Leaving Certificate Examination (including Day School Certificate (Higher) General paper), 1934
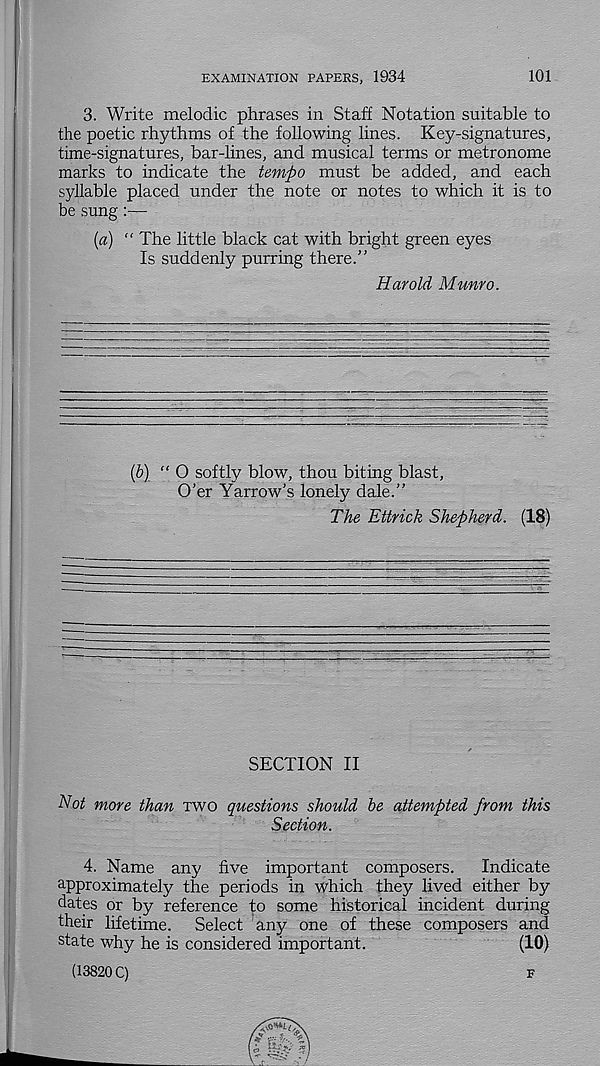
EXAMINATION PAPERS, 1934
101
3. Write melodic phrases in Staff Notation suitable to
the poetic rhythms of the following lines. Key-signatures,
time-signatures, bar-lines, and musical terms or metronome
marks to indicate the tempo must be added, and each
syllable placed under the note or notes to which it is to
be sung:—
{a) “ The little black cat with bright green eyes
Is suddenly purring there.”
Harold Munro.
(b) “ 0 softly blow, thou biting blast,
O’er Yarrow’s lonely dale.”
The Ettrick Shepherd. (18)
SECTION II
Hot more than two questions should be attempted from this
Section.
4. Name any five important composers.
Indicate
approximately the periods in which they lived either by
dates or by reference to some historical incident during
their lifetime.
Select any one of these composers and
state why he is considered important.
(10)
(13820 C)
f